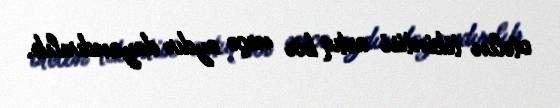
otelin tikintisi artıq bir neçə aydır dayandırılıb.